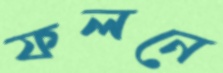
ফলনে